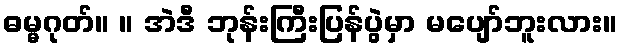
ဓမ္မဂုတ်။ ။ အဲဒီ ဘုန်းကြီးပြန်ပွဲမှာ မပျော်ဘူးလား။